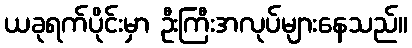
ယခုရက်ပိုင်းမှာ ဦးကြီးအလုပ်များနေသည်။